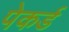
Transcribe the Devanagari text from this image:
पेकर्ड